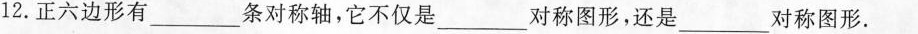
12.正六边形有___条对称轴，它不仅是___对称图形，还是___对称图形。